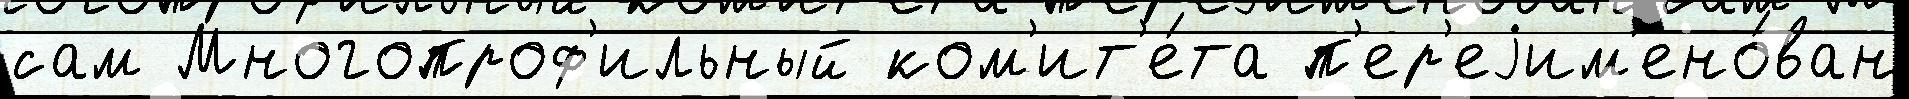
сам Многопроф'ильный ком'ит'е́та п'ер'еjим'ено́ван